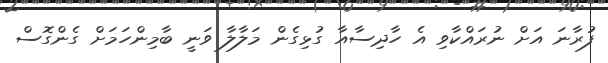
ފުރާނަ އަށް ނުރައްކާވި އެ ހާދިސާއާ ގުޅިގެން މަލާލާ ވަނީ ބާމިންހަމަށް ގެންގޮސް